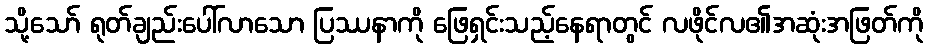
သို့သော် ရုတ်ချည်းပေါ်လာသော ပြဿနာကို ဖြေရှင်းသည့်နေရာတွင် လဖိုင်လ၏အဆုံးအဖြတ်ကို